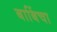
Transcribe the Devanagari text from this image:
बाबिंचा